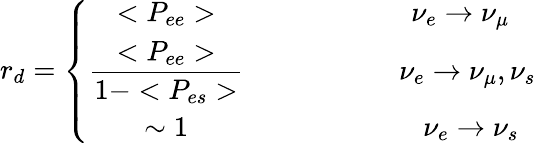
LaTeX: r_{d}={\displaystyle\left\{ \begin{array}{cc}{{<P_{ee}>}}&{{~~~~~~~~~~~~~~~~\nu_{e}\rightarrow\nu_{\mu}}}\\ {{\displaystyle{{\frac{<{P}_{ee}>}{1-<{P}_{es}>}}}}}&{{~~~~~~~~~~~~~~~~~~\nu_{e}\rightarrow\nu_{\mu},\nu_{s}}}\\ {{\sim 1}}&{{~~~~~~~~~~~~~~~~~~~\nu_{e}\rightarrow\nu_{s}}}\end{array}\right.}